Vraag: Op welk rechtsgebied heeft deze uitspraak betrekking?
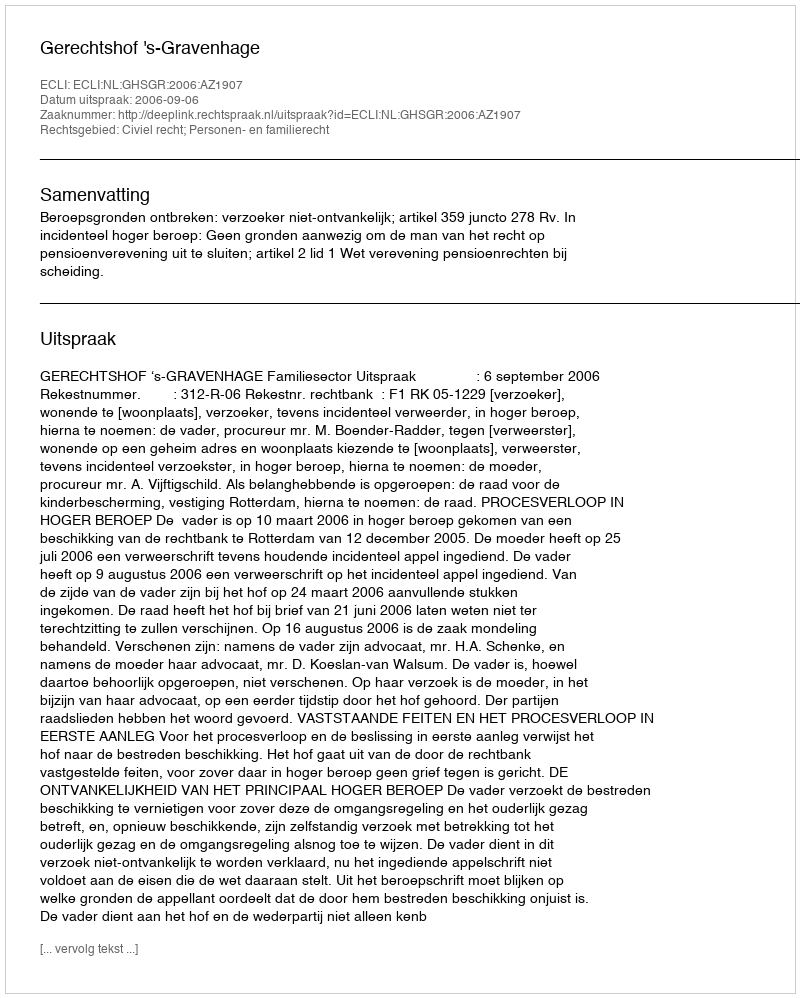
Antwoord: Civiel recht; Personen- en familierecht